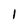
Character: 1